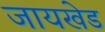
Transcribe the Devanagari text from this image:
जायखेड